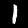
Digit: 1